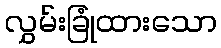
လွှမ်းခြုံထားသော